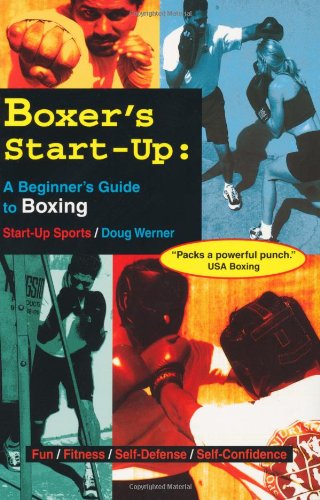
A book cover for Boxer's Start-Up: A Beginner's Guide to Boxing (Start-Up Sports series); Doug Werner; Sports & Outdoors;